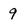
Character: 9